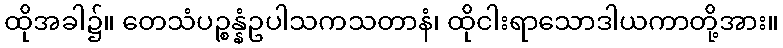
ထိုအခါ၌။ တေသံပဉ္စန္နံဥပါသကသတာနံ၊ ထိုငါးရာသောဒါယကာတို့အား။